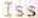
ISS